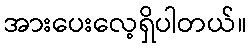
အားပေးလေ့ရှိပါတယ်။